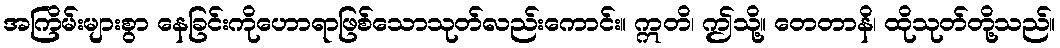
အကြိမ်းများစွာ နေခြင်းကိုဟောရာဖြစ်သောသုတ်လည်းကောင်း။ ဣတိ၊ ဤသို့။ တေတာနိ၊ ထိုသုတ်တို့သည်။